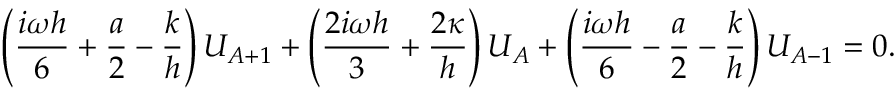
\left( \frac { i \omega h } { 6 } + \frac { a } { 2 } - \frac { k } { h } \right) U _ { A + 1 } + \left( \frac { 2 i \omega h } { 3 } + \frac { 2 \kappa } { h } \right) U _ { A } + \left( \frac { i \omega h } { 6 } - \frac { a } { 2 } - \frac { k } { h } \right) U _ { A - 1 } = 0 .